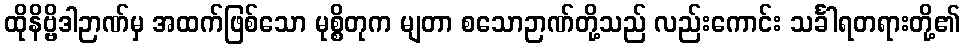
ထိုနိဗ္ဗိဒါဉာဏ်မှ အထက်ဖြစ်သော မုစ္စိတုက မျတာ စသောဉာဏ်တို့သည် လည်းကောင်း သင်္ခါရတရားတို့၏